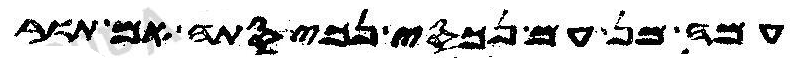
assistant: עמה מן עם נכסי נכיסתה אם תור